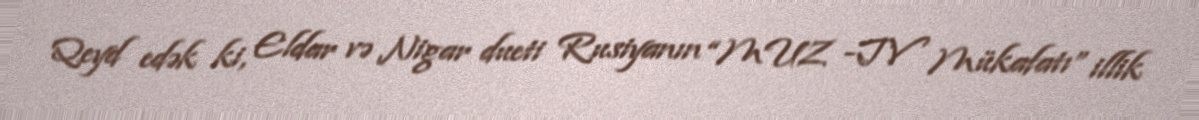
Qeyd edək ki, Eldar və Nigar dueti Rusiyanın “MUZ -TV Mükafatı” illik